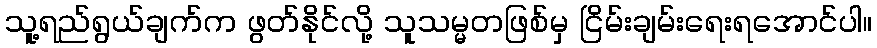
သူ့ရည်ရွယ်ချက်က ဖွတ်နိုင်လို့ သူသမ္မတဖြစ်မှ ငြိမ်းချမ်းရေးရအောင်ပါ။